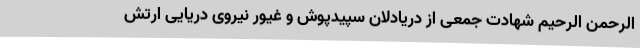
الرحمن الرحیم شهادت جمعی از دریادلان سپیدپوش و غیور نیروی دریایی ارتش